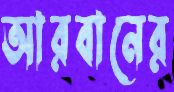
আরবানের